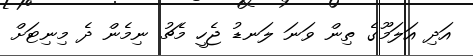
އަދި އަލަމޫގެ ތިން ވަނަ ލަނޑު ޖެހީ މެޗު ނިމެން ދެ މިނިޓަށް